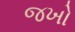
જખો